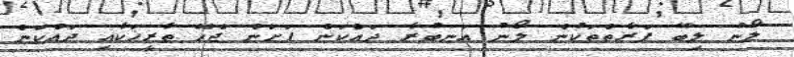
ލޯނު ލިބޭ ފަރާތްތަކުން ލޯނު އަނބުރާ ދައްކަން ފަށަން ޖެހޭ ތާރީޚަކާއި ދައްކަން